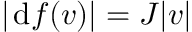
| \; \! \mathrm { d } f ( \boldsymbol { v } ) | = J | \boldsymbol { v } |